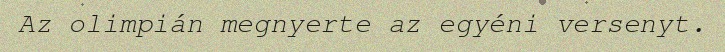
Az olimpián megnyerte az egyéni versenyt.